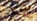
يوجد